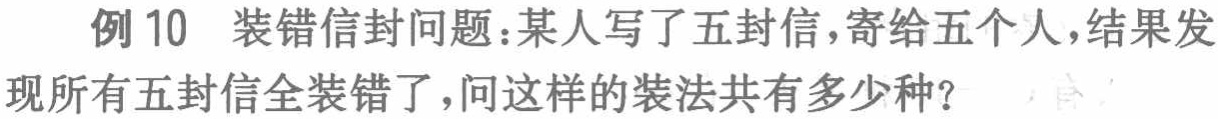
例 10 装错信封问题：某人写了五封信，寄给五个人，结果发现所有五封信全装错了，问这样的装法共有多少种？